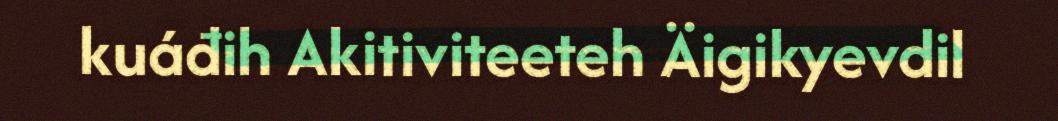
kuáđih Akitiviteeteh Äigikyevdil